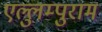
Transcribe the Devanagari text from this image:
एल्लुम्पुराम